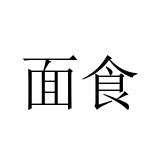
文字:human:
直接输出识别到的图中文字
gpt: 面食